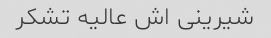
شیرینی اش عالیه تشکر